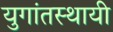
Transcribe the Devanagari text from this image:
युगांतस्थायी